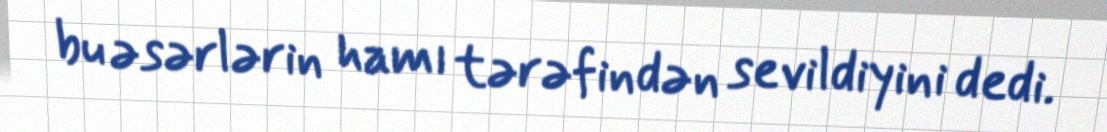
bu əsərlərin hamı tərəfindən sevildiyini dedi.